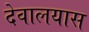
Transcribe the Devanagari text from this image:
देवालयास